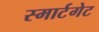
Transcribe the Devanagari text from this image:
स्मार्टगेट